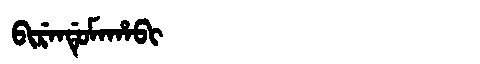
Manchu: ᠪᡳᡵᡝᠨᡩᡠᠮᠠᡥᠠᠪᡳ
Romanization: BIRENDUMAHABI